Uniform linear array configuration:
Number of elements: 24
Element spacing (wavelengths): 1
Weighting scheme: cosine
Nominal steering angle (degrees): -15
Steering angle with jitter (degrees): -15.166
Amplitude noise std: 0.05
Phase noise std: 0.05

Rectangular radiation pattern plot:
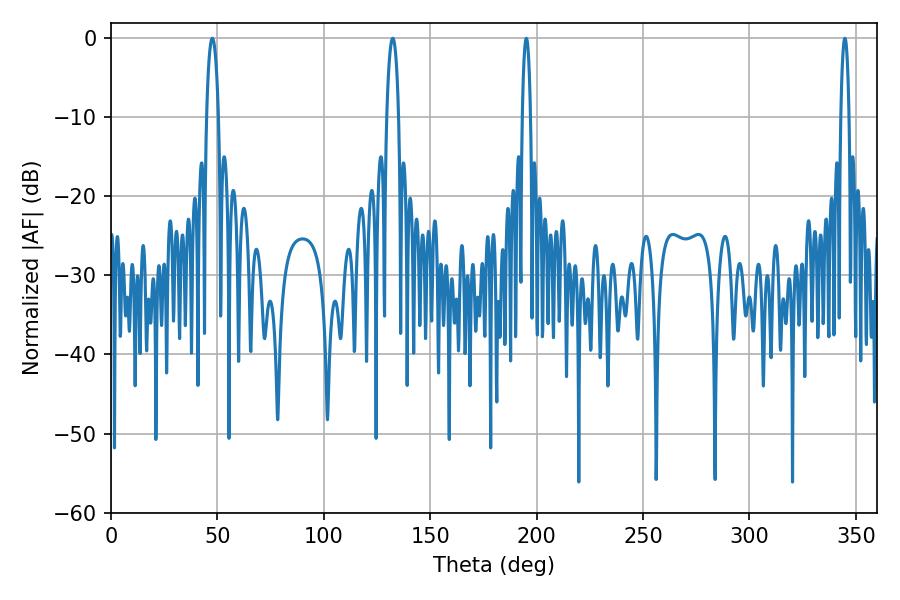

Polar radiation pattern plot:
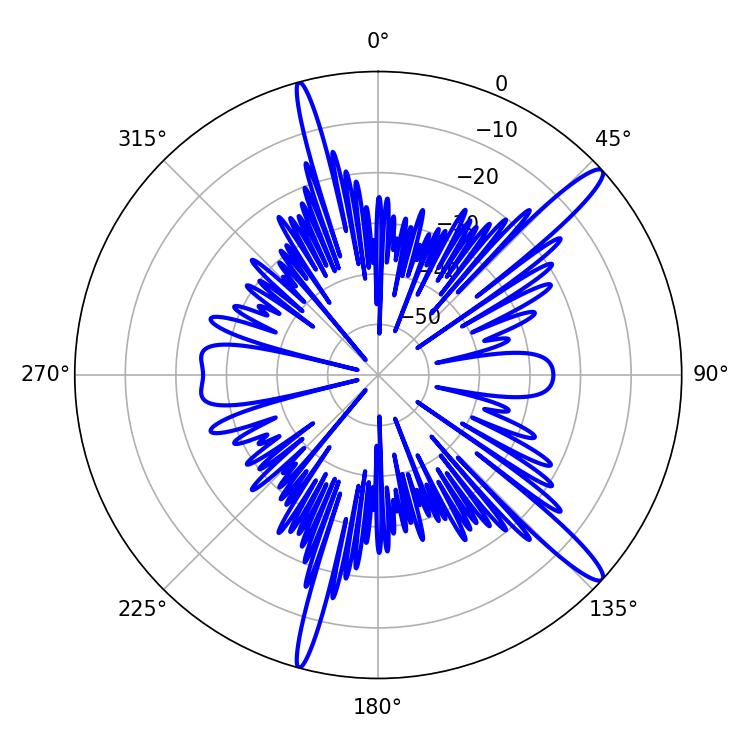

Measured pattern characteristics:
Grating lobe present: TRUE
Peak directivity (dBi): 14.674
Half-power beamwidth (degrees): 2.16
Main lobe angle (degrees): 195.12